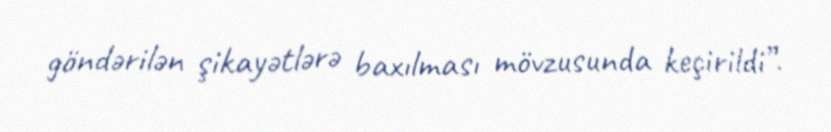
göndərilən şikayətlərə baxılması mövzusunda keçirildi”.